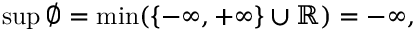
\operatorname* { s u p } \varnothing = \operatorname* { m i n } ( \{ - \infty , + \infty \} \cup \mathbb { R } ) = - \infty ,